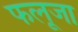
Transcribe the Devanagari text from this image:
फलूजा